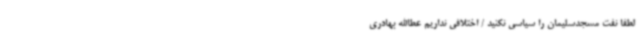
لطفا نفت مسجدسلیمان را سیاسی نکنید / اختلافی نداریم عطاالله بهادری